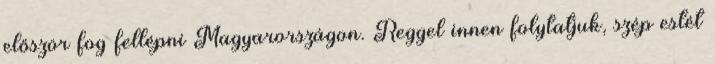
először fog fellépni Magyarországon. Reggel innen folytatjuk, szép estét